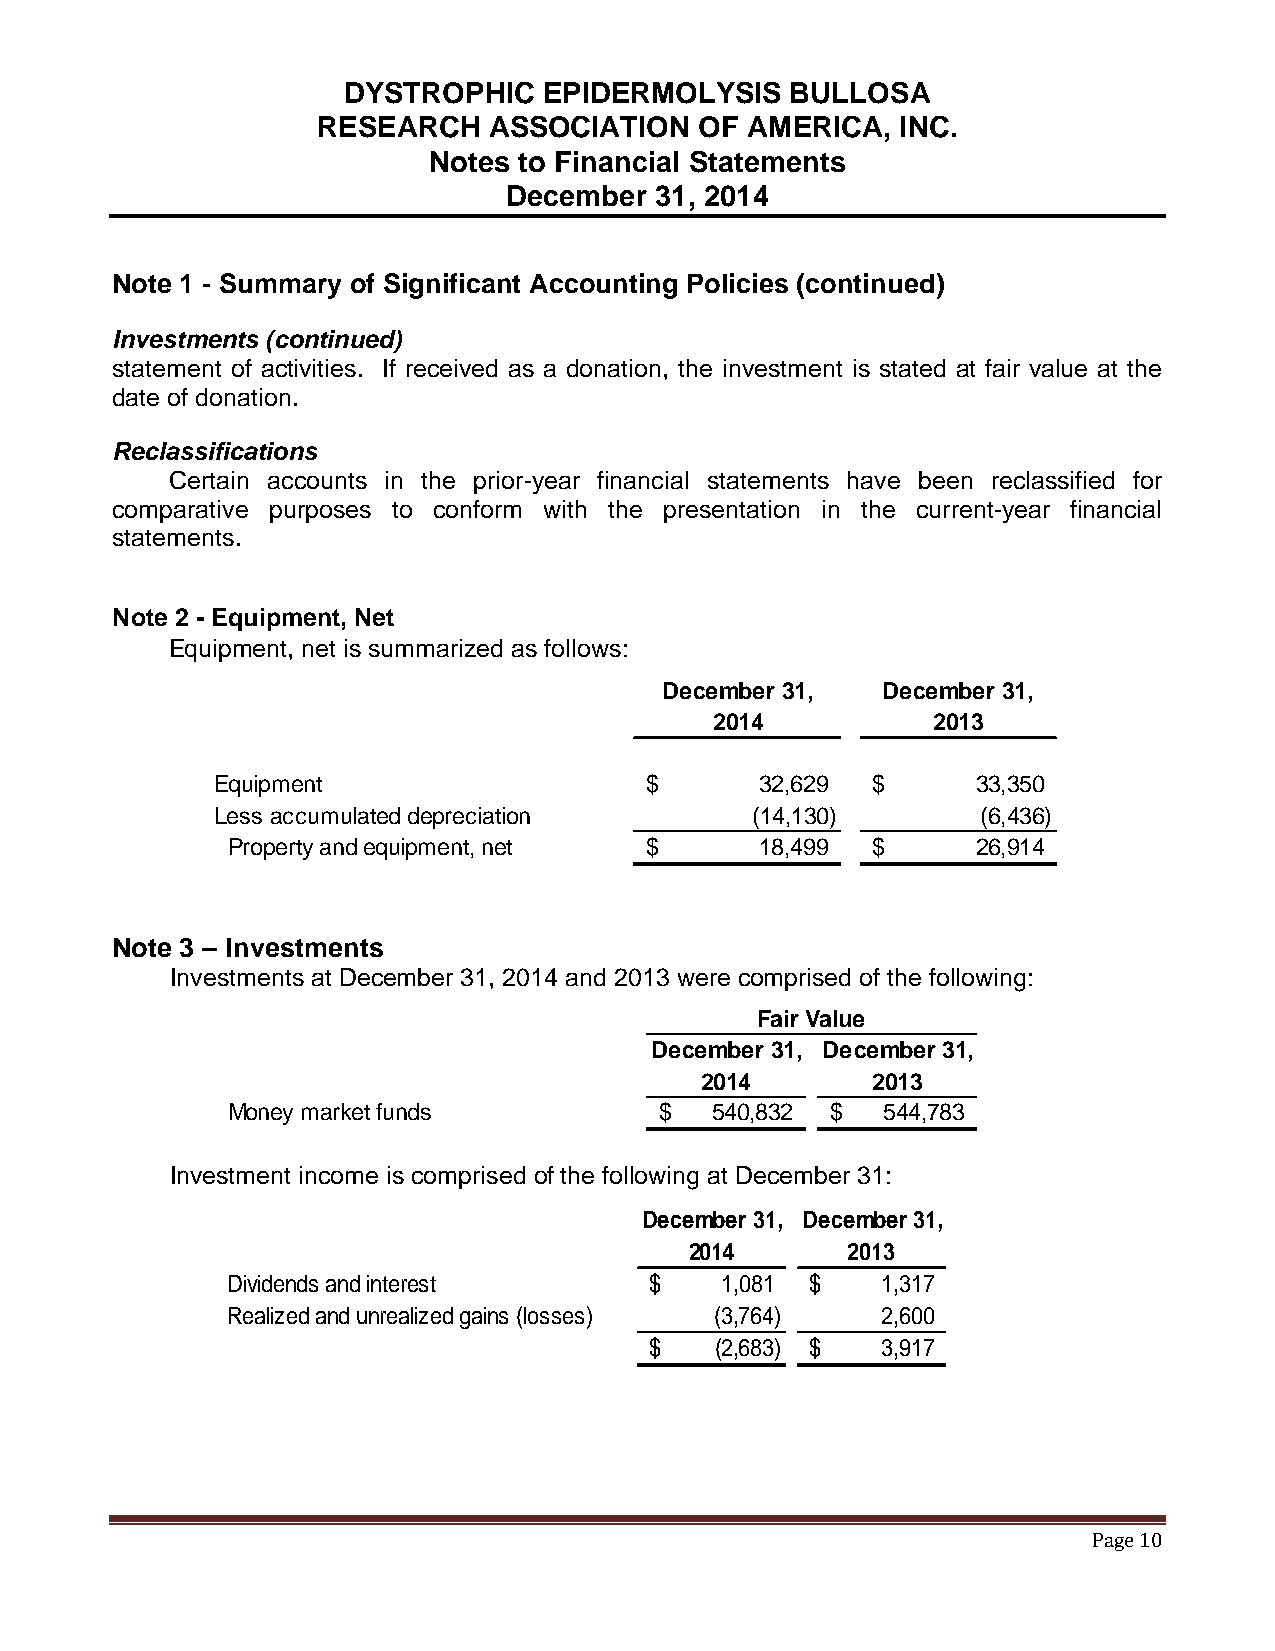
DYSTROPHIC   EPIDERMOLYSIS   BULLOSA
 RESEARCH   ASSOCIATION   OF AMERICA,   INC.
 Notes to Financial Statements
 December  31, 2014
 Note 1 - Summary of Significant Accounting Policies (continued)
 Investments (continued)
 statement of activities. If received as a donation, the investment is stated at fair value at the
 date of donation.
 Reclassifications
 Certain accounts in the prior-year financial statements have been reclassified for
 comparative purposes to conform with the presentation in the current-year financial
 statements.
 Note 2 - Equipment, Net
 Equipment, net is summarized as follows:
 December 31,  December 31,
 2014           2013
 Equipment                    $      32,629  $      33,350
 Less accumulated depreciation       ( 14,130)      (6,436)
 Property and equipment, net $      18,499  $      26,914
 Note 3 – Investments
 Investments at December 31, 2014 and 2013 were comprised of the following:
 Fair Value
 December 31, December 31,
 2014        2013
 Money market funds           $  540,832 $  544,783
 Investment income is comprised of the following at December 31:
 December 31, December 31,
 2014      2013
 Dividends and interest      $    1,081 $   1,317
 Realized and unrealized gains (losses) (3,764) 2,600
 $   (2,683) $  3,917
 Page 10